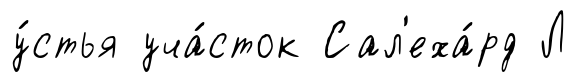
у́стья уча́сток Сал'еха́рд Л